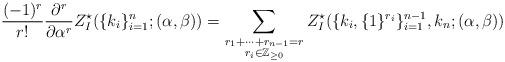
LaTeX: \begin{align*}\begin{aligned}\frac{(-1)^r}{r!}\frac{\mathrm{\partial}^r}{\mathrm{\partial}\alpha^r}Z^{\star}_{I}(\{k_i\}_{i=1}^{n};(\alpha,\beta))=\sum_{\begin{subarray}{c}r_1+\cdots+r_{n-1}= r\\ r_i\in\mathbb{Z}_{\ge0} \end{subarray}}Z^{\star}_{I}(\{k_i,\{1\}^{r_i}\}_{i=1}^{n-1},k_n;(\alpha,\beta))\end{aligned}\end{align*}